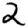
Digit: 2